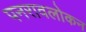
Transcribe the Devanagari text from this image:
पनरावलोकन